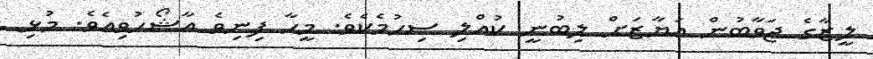
ލީޒާގެ ޖަވާބުން އަޔާޒަށް ލިބުނީ ކުއްލި ސިހުމެކެވެ. މީހާ ފިނިވެ އާޝޯހުވިއެވެ. މުޅި